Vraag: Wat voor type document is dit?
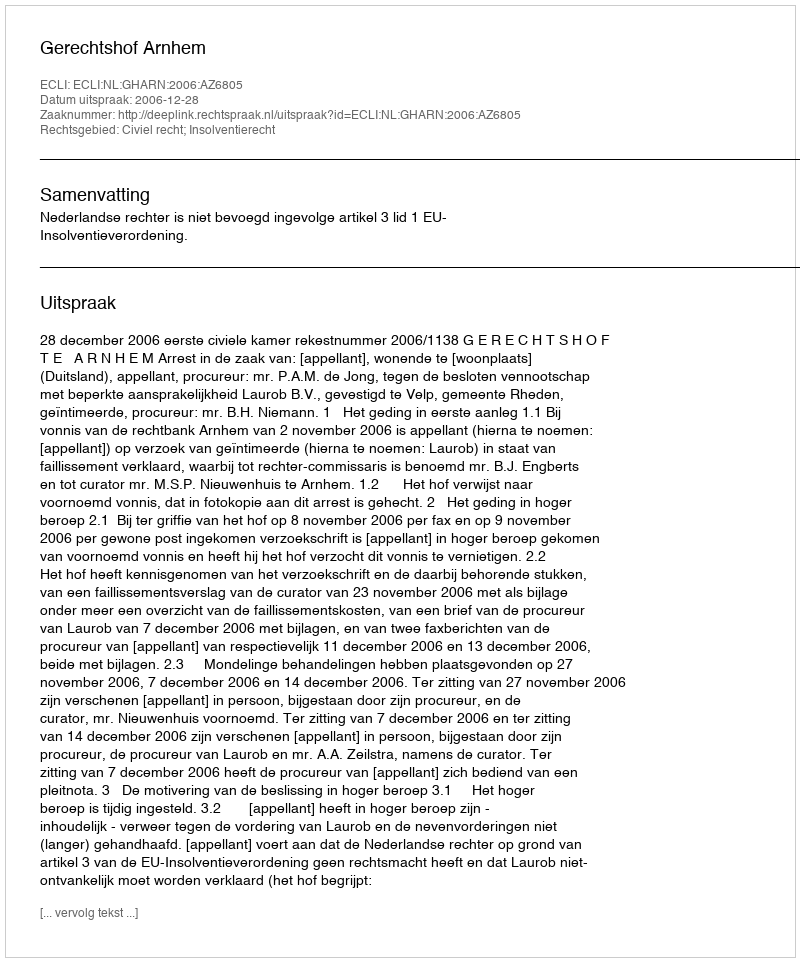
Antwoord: Uitspraak